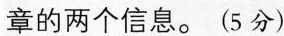
章的两个信息。(5分）